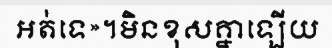
អត់ទេ»។មិនខុសគ្នាឡើយ